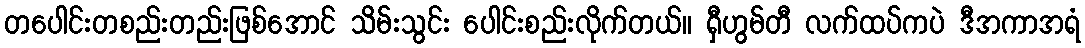
တပေါင်းတစည်းတည်းဖြစ်အောင် သိမ်းသွင်း ပေါင်းစည်းလိုက်တယ်။ ရှီဟွမ်တီ လက်ထပ်ကပဲ ဒီအကာအရံ